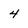
Character: 4